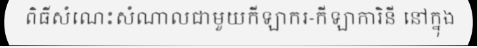
ពិធីសំណេះសំណាលជាមួយកីឡាករ-កីឡាការិនី នៅក្នុង